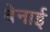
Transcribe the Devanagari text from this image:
बेनाई